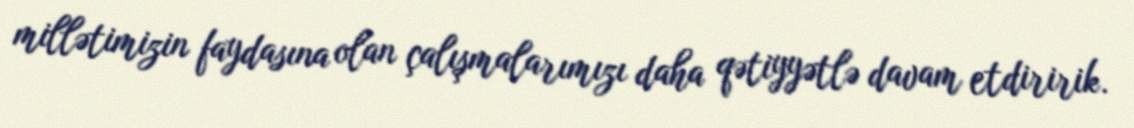
millətimizin faydasına olan çalışmalarımızı daha qətiyyətlə davam etdiririk.